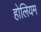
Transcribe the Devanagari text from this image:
होलियम